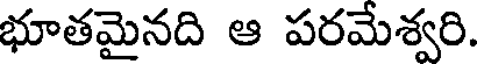
భూతమైనది ఆ పరమేశ్వరి.